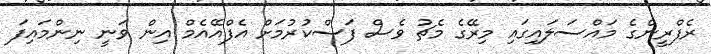
ރެފްރީންގެ މައްސަލައިގައި މިރޭގެ މެޗު ވެސް ފަސްކުރުމަށް އެފްއޭއެމް އިން ވަނީ ނިންމައިފަ